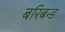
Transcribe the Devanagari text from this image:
बरिबन्ड